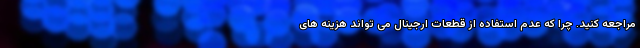
مراجعه کنید. چرا که عدم استفاده از قطعات ارجینال می تواند هزینه های